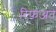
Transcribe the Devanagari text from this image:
रिफअत